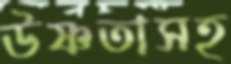
উষ্ণতাসহ